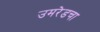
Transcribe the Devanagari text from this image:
उमरेडचा